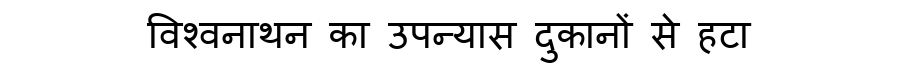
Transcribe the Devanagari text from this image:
विश्वनाथन का उपन्यास दुकानों से हटा